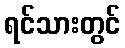
ရင်သားတွင်